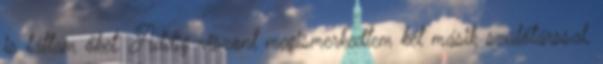
is láttam őket. Addig viszont megismerkedtem két másik szülőtárssal,